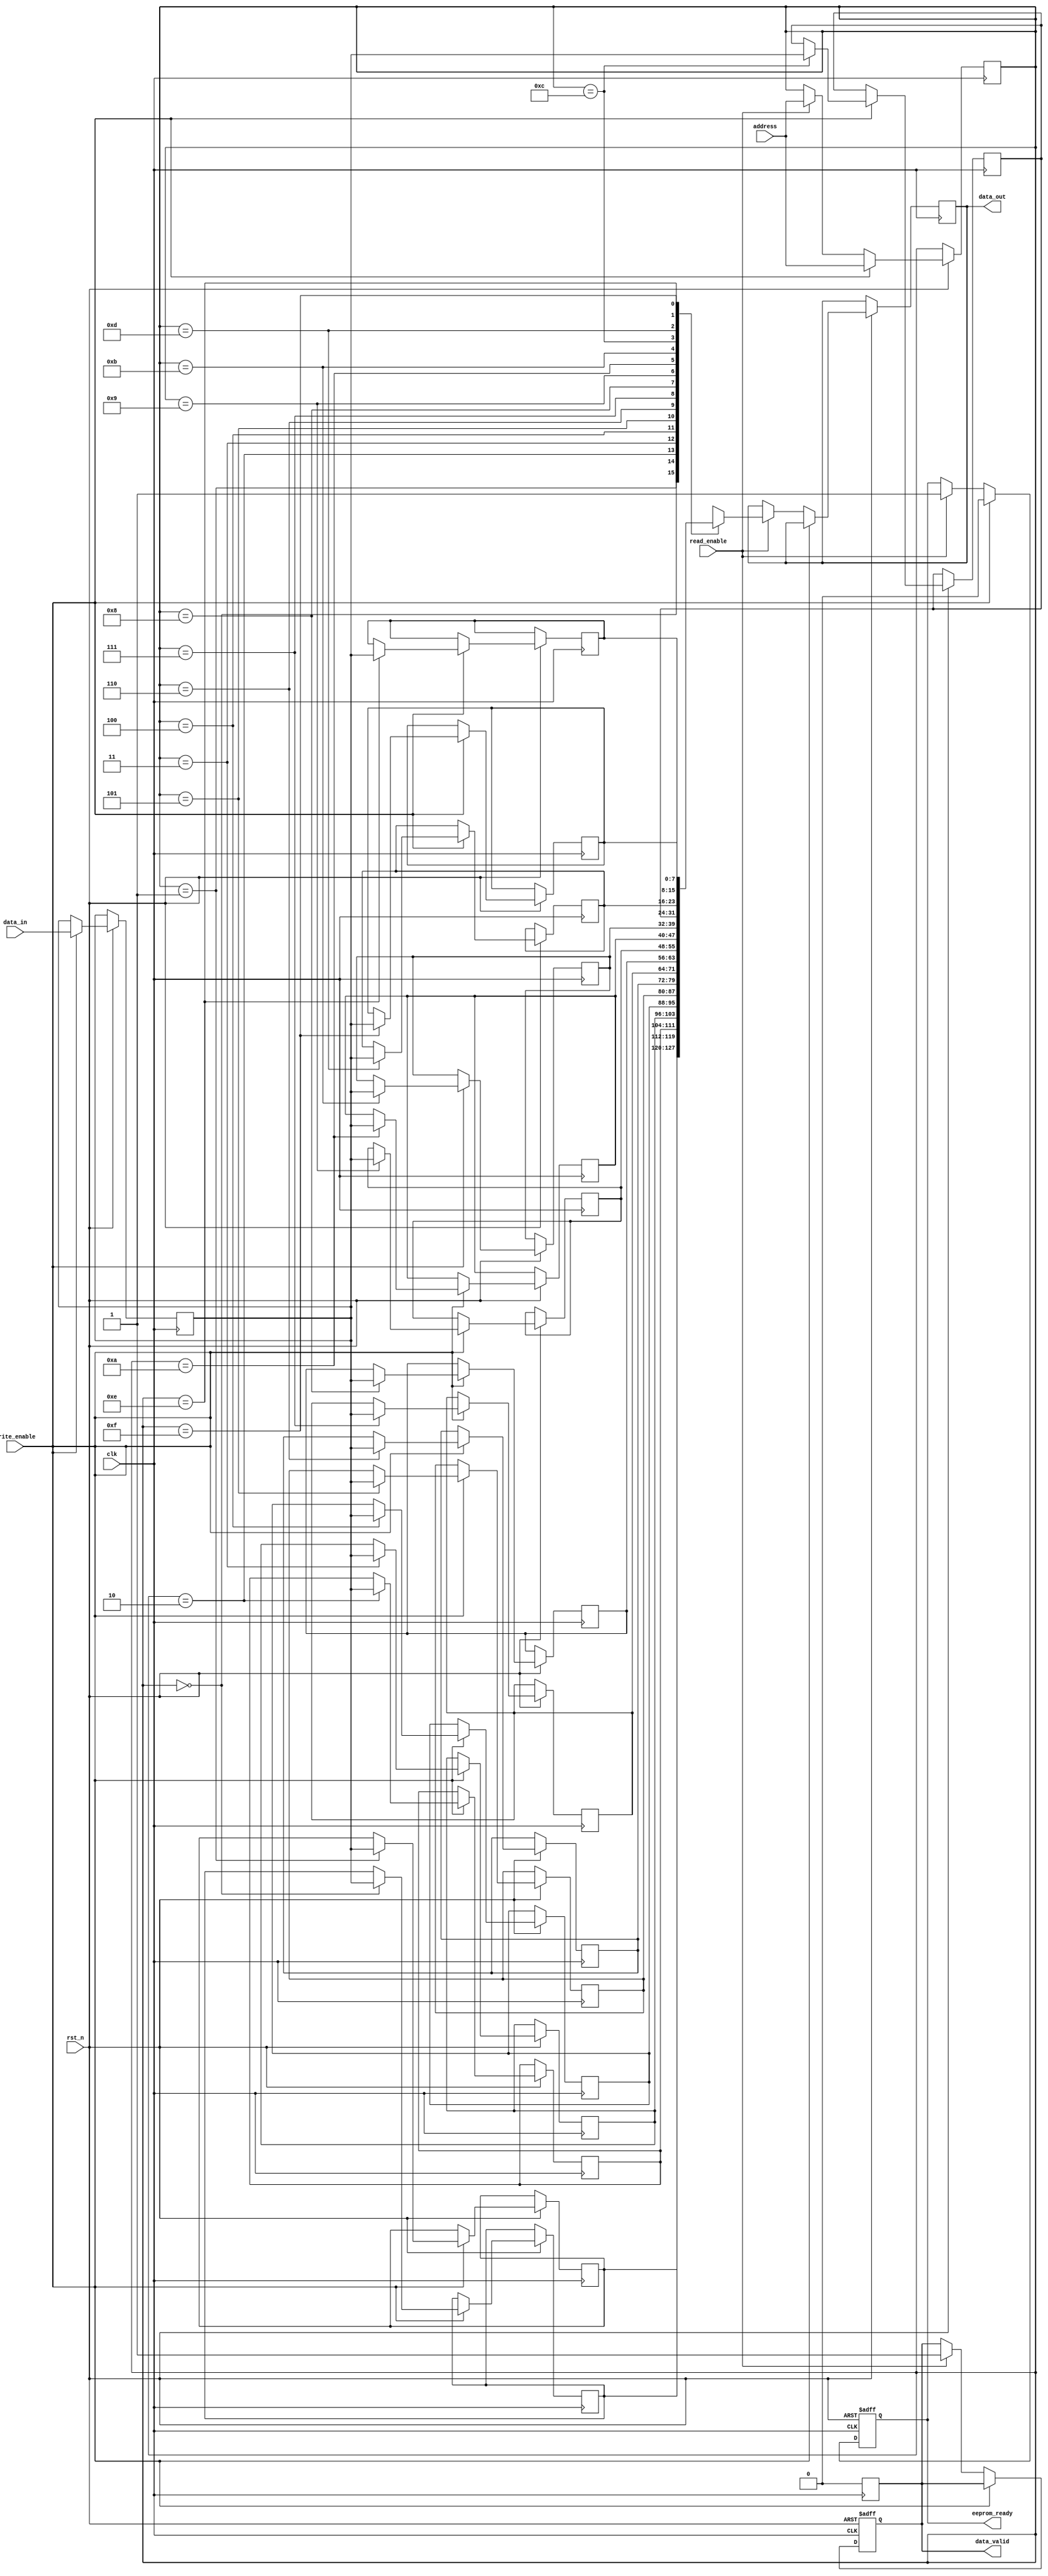
module FeRAM_IO_Block (
    input wire clk,                // System clock
    input wire rst_n,              // Active low reset
    input wire write_enable,       // Write enable signal
    input wire read_enable,        // Read enable signal
    input wire [7:0] data_in,      // Data input
    output reg [7:0] data_out,     // Data output
    input wire [3:0] address,      // Address input
    output reg data_valid,         // Data valid signal
    output reg eeprom_ready        // EEPROM ready signal
);

// Internal signals
reg [7:0] memory [0:15];          // Memory array (16 x 8 bits)
reg [7:0] data_buffer;            // Buffer for data during write
reg [3:0] selected_address;       // Selected address for read/write

// Control Logic
always @(posedge clk or negedge rst_n) begin
    if (!rst_n) begin
        data_valid <= 0;
        eeprom_ready <= 1;
    end else begin
        if (write_enable) begin
            // Capture data for writing
            data_buffer <= data_in;
            selected_address <= address;
            memory[selected_address] <= data_buffer; // Write data to memory
            eeprom_ready <= 0; // Indicate EEPROM is busy
        end else if (read_enable) begin
            // Read data from memory
            selected_address <= address;
            data_out <= memory[selected_address];
            data_valid <= 1; // Indicate data is valid
            eeprom_ready <= 1; // Indicate EEPROM is ready
        end
    end
end

// Timing Control (for demonstration, simple timing control)
always @(posedge clk) begin
    if (data_valid) begin
        // Reset data valid after one clock cycle
        data_valid <= 0;
    end
end

// Error Detection (Parity Check)
reg parity_bit;
always @(posedge clk or negedge rst_n) begin
    if (!rst_n) begin
        parity_bit <= 0;
    end else begin
        parity_bit <= ^data_out; // Calculate parity for output data
    end
end

endmodule